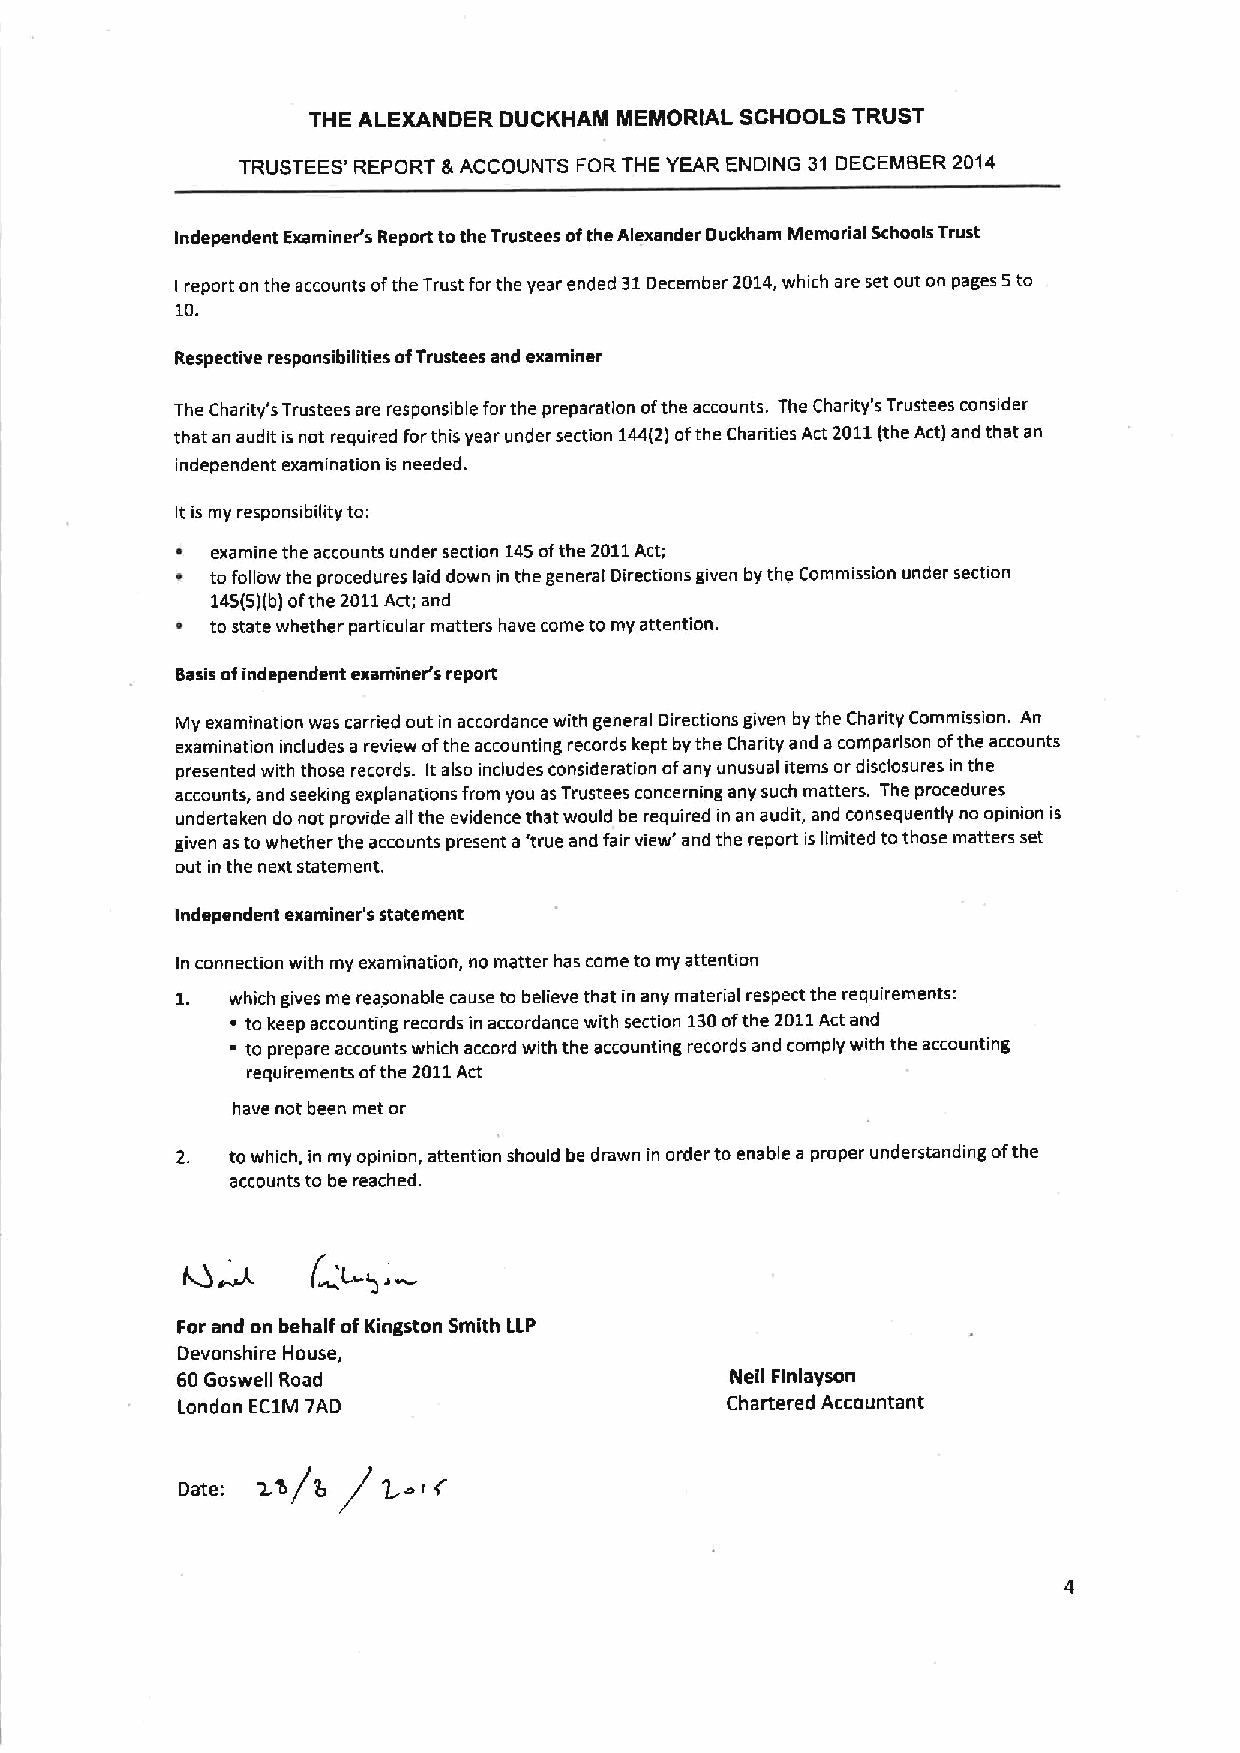
THE ALEXANDER DUCKHAM MEMORIAL SCHOOLS TRUST
 TRUSTEES' REPORT &ACCOUNTS FOR THE YEAR ENDING 31 DECEMBER 2014
 Independent Examiner's Report tothe Trustees ofthe Alexander Duckham Memorial Schools Trust
 report on the accounts ofthe Trust forthe year ended 31December 2014,which are set out on pages 5to
 I
 10.
 Respective responsibilities ofTrustees and examiner
 The Charity's Trustees are responsible forthe preparation ofthe accounts. The Charity's Trustees consider
 that an audit is not required forthis year under section 144(2)ofthe Charities Act 2011(the Act) and that an
 independent examination is needed.
 It is my responsibility to:
 ~ examine the accounts under section 145ofthe 2011Act;
 tofollow the procedures laid down in the general Directions given by the Commission under section
 145(5)(b)ofthe 2011Act; and
 ~ to state whether particular matters have come to my attention.
 Basis ofindependent examiner's report
 My examinauon was carried out in accordance with general Directions given by the Charity Commission. An
 examination includes a review ofthe accounting records kept by the Charity and acomparison ofthe accounts
 presented with those records. Italso includes consideration ofany unusual items or disclosures in the
 accounts, and seeking explanations from you asTrustees concerning any such matters. The procedures
 undertaken do not provide all the evidence that would be required in an audit, and consequently no opinion is
 given asto whether the accounts present a'true and fair view' and the report is limited tothose matters set
 out in the next statement.
 Independent examiner's statement
 In connection with my examination, no matter has come to my attention
 which gives me reasonable cause to believe that in any material respect the requirements:
 '
 to keep accounting records in accordance with section 130ofthe 2011Act and
 to prepare accounts which accord with the accounting records and comply with the accounting
 requirements ofthe 2011Act
 have not been met or
 2. towhich, in my opinion, attention should be drawn in order to enable a proper understanding ofthe
 accounts to be reached.
 For and on behalf ofKingston Smith LLP
 Devonshire House,
 60Goswe)l Road                      Neil Finlayson
 London EC1M TAD                     Chartered Accountant